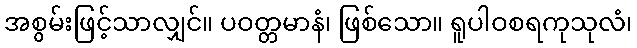
အစွမ်းဖြင့်သာလျှင်။ ပဝတ္တမာနံ၊ ဖြစ်သော။ ရူပါဝစရကုသုလံ၊